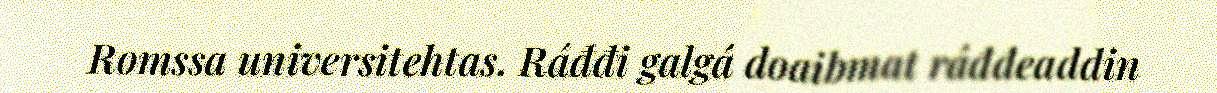
Romssa universitehtas. Ráđđi galgá doaibmat ráđđeaddin